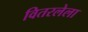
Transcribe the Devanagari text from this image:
वितरलेला